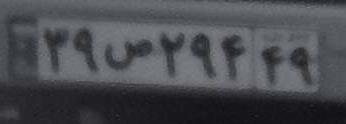
۳۹ص۲۹۴۴۹